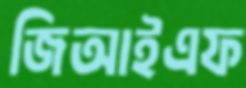
জিআইএফ